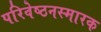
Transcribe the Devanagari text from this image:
परिवेष्ठनस्मारक